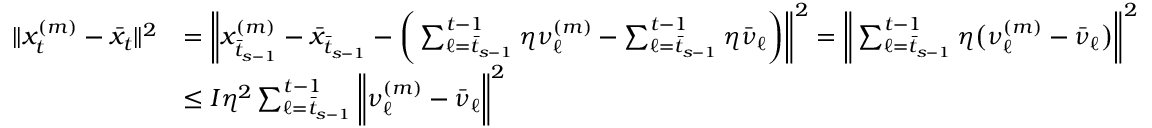
\begin{array} { r l } { \| x _ { t } ^ { ( m ) } - \bar { x } _ { t } \| ^ { 2 } } & { = \bigg \| x _ { \bar { t } _ { s - 1 } } ^ { ( m ) } - \bar { x } _ { \bar { t } _ { s - 1 } } - \bigg ( \sum _ { \ell = \bar { t } _ { s - 1 } } ^ { t - 1 } \eta \nu _ { \ell } ^ { ( m ) } - \sum _ { \ell = \bar { t } _ { s - 1 } } ^ { t - 1 } \eta \bar { \nu } _ { \ell } \bigg ) \bigg \| ^ { 2 } = \bigg \| \sum _ { \ell = \bar { t } _ { s - 1 } } ^ { t - 1 } \eta \big ( \nu _ { \ell } ^ { ( m ) } - \bar { \nu } _ { \ell } \big ) \bigg \| ^ { 2 } } \\ & { \leq I \eta ^ { 2 } \sum _ { \ell = \bar { t } _ { s - 1 } } ^ { t - 1 } \bigg \| \nu _ { \ell } ^ { ( m ) } - \bar { \nu } _ { \ell } \bigg \| ^ { 2 } } \end{array}